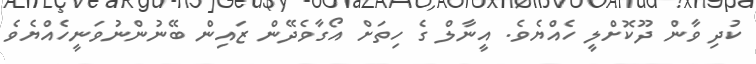
ކުދި ވާން ދޫކޮށްލީ ހެއްޔެވެ. އީނާލް ގެ ހިތަށް އޯގާވެދޭން ޒައިން ބޭނުންނުވަނީހެއްޔެވެ